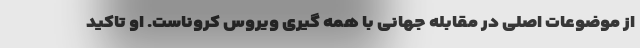
از موضوعات اصلی در مقابله جهانی با همه گیری ویروس کروناست. او تاکید